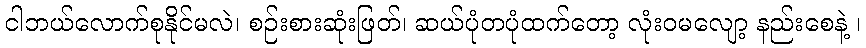
ငါဘယ်လောက်စုနိုင်မလဲ၊ စဉ်းစားဆုံးဖြတ်၊ ဆယ်ပုံတပုံထက်တော့ လုံးဝမလျော့ နည်းစေနဲ့ ၊